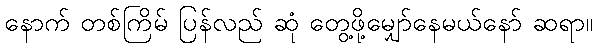
နောက် တစ်ကြိမ် ပြန်လည် ဆုံ တွေ့ဖို့မျှော်နေမယ်နော် ဆရာ။